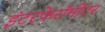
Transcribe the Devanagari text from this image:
इंटरफेरॉमीटर